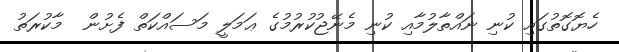
ހެޔޮގޮތުގައި ކުނި ނައްތާލުމާއި ކުނި މެނޭޖުކުރުމުގެ ޢަމަލީ މަސައްކަތް ފެށުން  މާކުރަތު